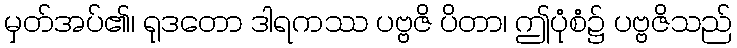
မှတ်အပ်၏၊ ရုဒတော ဒါရကဿ ပဗ္ဗဇိ ပိတာ၊ ဤပုံစံ၌ ပဗ္ဗဇိသည်